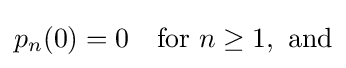
p_{n}(0)=0\quad {\rm {for\ }}n\geq 1,{\rm {\ and}}